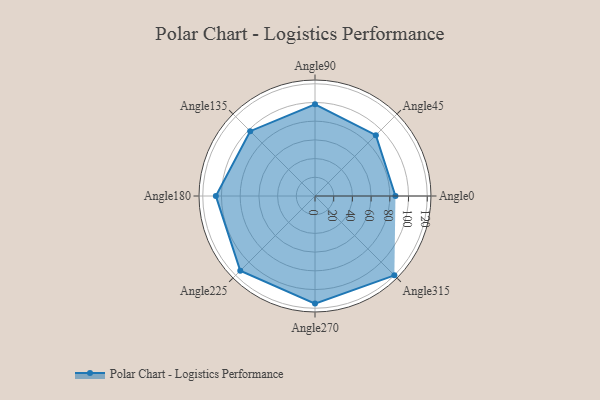
{"axis": {"x": "Angle", "y": "Radius"}, "legend": [""], "data": [{"x": "Angle0", "y": 86.0, "type": ""}, {"x": "Angle45", "y": 92.0, "type": ""}, {"x": "Angle90", "y": 98.0, "type": ""}, {"x": "Angle135", "y": 98.0, "type": ""}, {"x": "Angle180", "y": 106.0, "type": ""}, {"x": "Angle225", "y": 113.0, "type": ""}, {"x": "Angle270", "y": 115.0, "type": ""}, {"x": "Angle315", "y": 120.0, "type": ""}]}